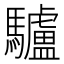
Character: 驢